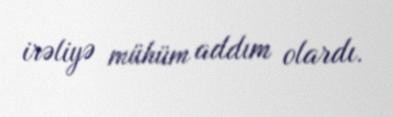
irəliyə mühüm addım olardı.